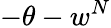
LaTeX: -\theta-w^{N}